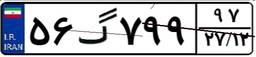
۱۸گ۷۶۰۰۹